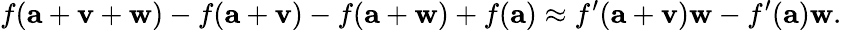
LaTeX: f(\mathbf{a}+\mathbf{v}+\mathbf{w})-f(\mathbf{a}+\mathbf{v})-f(\mathbf{a}+\mathbf{w})+f(\mathbf{a})\approx f^{\prime}(\mathbf{a}+\mathbf{v})\mathbf{w}-f^{\prime}(\mathbf{a})\mathbf{w}.